NAE_EAA_T-354_Tartu_Tamme_Gumnaasium, lk 86
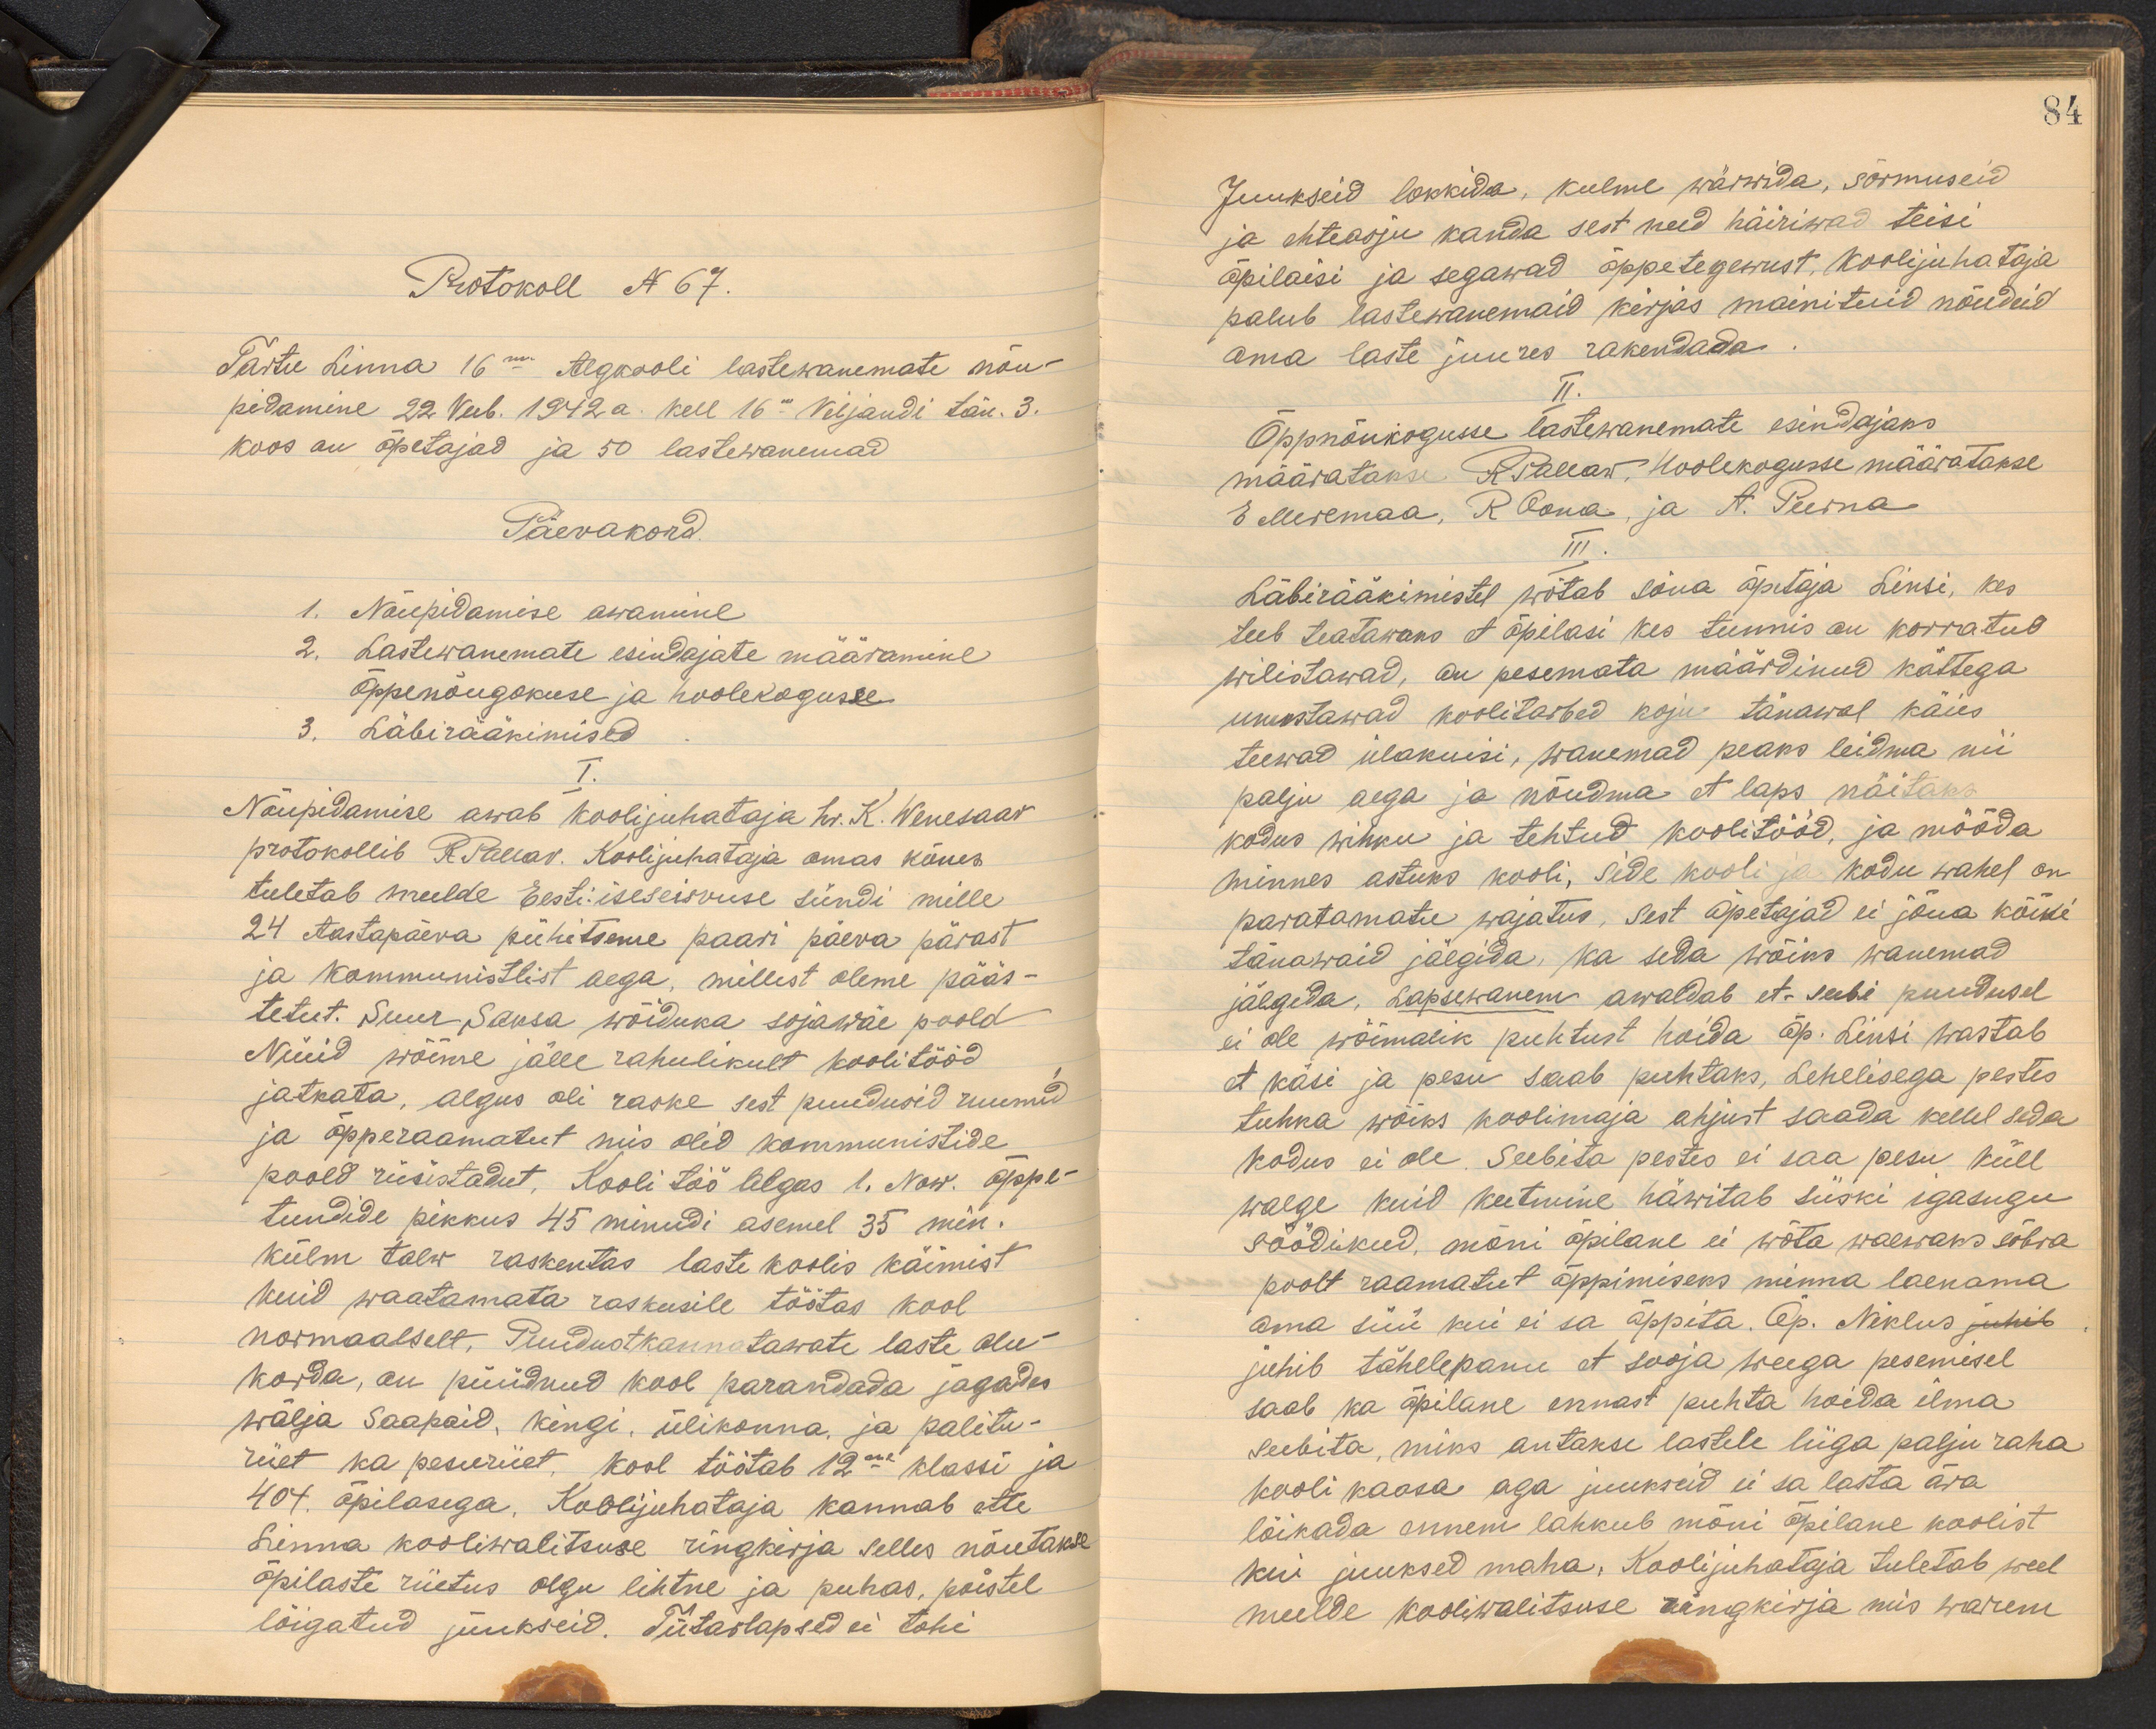
Protokoll No 67.
Tartu Linna 16ma Algkooli lastevanemate nõu-
pidamine 22 veeb. 1942 a. kell 16" Viljandi tän. 3.
koos on õpetajad ja 50 lastewanemad
Päevakord
1. Nõupidamise awamine
2. Lastewanemate esindajate määramine
õppenõugokuse ja hoolekogusse.
3. Läbirääkimised
I.
Nõupidamise awab koolijuhataja hr. K. Wenesaar
protokollib R. Pallav. Koolijuhataja omas kõnes
tuletab meelde Eesti iseseisvuse sündi mille
24 Aastapäeva pühitseme paari päeva pärast.
ja kommunistlist aega, millest oleme pääs-
tetut. Suur Saksa wõiduka sojawäe poold
Nüüd wõime jälle rahulikult koolitööd
jatkata, algus oli raske sest puudusid ruumid
ja õpperaamatut mis olid kommunistide
poold rüüsistadut. Kooli töö algas 1. Now. õppe-
tundide pikkus 45 minudi asemel 35 min.
külm talw raskentas laste koolis käimist.
Kuid waatamata raskusile töötas kool
normaalselt, Puudustkannatawate laste olu
korda, on püüdnud kool parandada jagades
wälja saapaid, kingi, ülikonna ja palitu-
riiet ka pesuriiet, kool töötab 12ne klassi ja
404. õpilasega. Koolijuhataja kannab ette
Linna kooliwalitsuse ringkirja selles nõutakse
õpilaste riietus olgu lihtne ja puhas, poistel
lõigatud jüükseid. Tütarlapsed ei tohi.

84
Juukseid lokkida, kulme wärwida, sõrmuseid
ja ehteasju kanda sest need häiriwad teisi.
õpilaisi ja segawad õppetegewust, koolijuhataja
palub lastewanemaid kirjas mainituid nõudeid
oma laste juures rakendada
II
Õppnõukogusse lastewanemate esindajaks.
määratakse RPallaw. Hoolekogusse määratakse.
E. Meremaa, R. Oona, ja A. Peerna
III.
Läbirääkimistel wõtab sõna õpetaja Linsi, kes
teeb teatawaks et õpilasi kes tunnis on korratud
wilistawad, on pesemata määrdinud kättega
unustawad koolitarbed koju tänawal käies
teewad ülakuisi, wanemad peaks leidma nii
palju aega ja nõudma et laps näitaks
kodus wihku ja tehtud koolitööd, ja mööda
minnes astuks kooli, side kooli ja kodu wahel on
paratamatu wajatus, sest õpetajad ei jõua kõiki
tänawaid jälgida, ka seda wõiks wanemad
jälgida. Lapsewanem awaldab et seebi puudusel
ei ole wõimalik puhtust hoida õp. Linsi wastab
et käsi ja pesu saab puhtaks, Lehelisega pestes
tuhka wõiks koolimaja ahjust saada kellel seda
kodus ei ole. Seebita pestes ei saa pesu küll
walge kuid keetmine häwitab siiski igasugu
söödikud, mäni õpilane ei wõta waewaks sõbra
poolt raamatut õppimiseks minna laenama
ama süü kui ei sa õppita. Õp. Niklus
juhib tähelepanu et sooja weega pesemisel
saab ka õpilane ennast puhta hoida ilma.
seebita, miks antakse lastele liiga palju raha
kooli kaasa aga juukseid ei sa lasta ära.
lõikada ennem lahkub mõni õpilane koolist,
kui juuksed maha. Koolijuhataja tuletab weel
meelde kooliwalitsuse ringkirja mis warem